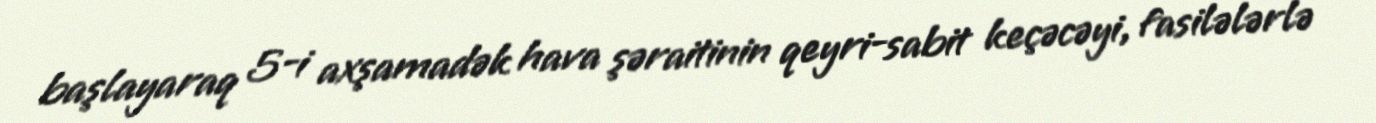
başlayaraq 5-i axşamadək hava şəraitinin qeyri-sabit keçəcəyi, fasilələrlə